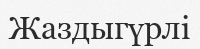
Жаздыгүрлі